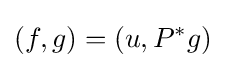
(f,g)=(u,P^{*}g)